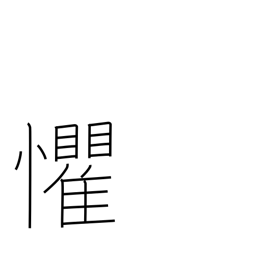
Meaning: overawed